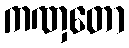
ကဏှတော